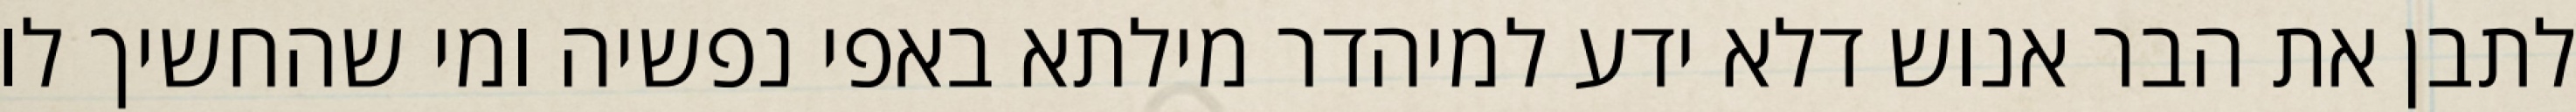
לתבן את הבר אנוש דלא ידע למיהדר מילתא באפי נפשיה ומי שהחשיך לו